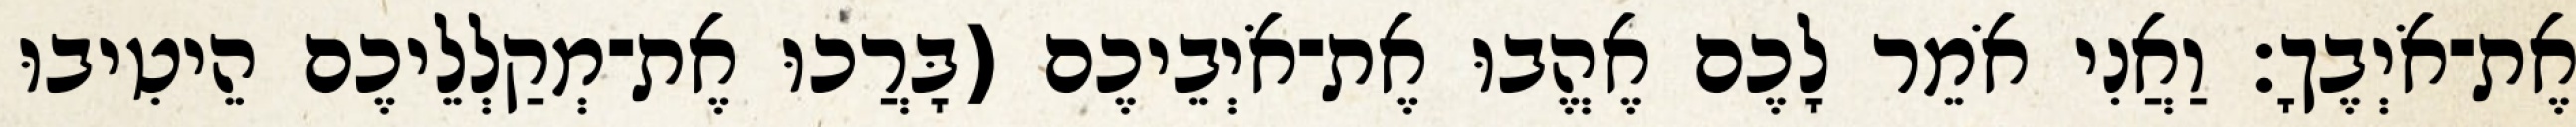
אֶת־אֹיְבֶךָ׃ וַאֲנִי אֹמֵר לָכֶם אֶהֱבוּ אֶת־אֹיְבֵיכֶם (בָּרֲכוּ אֶת־מְקַלְלֵיכֶם הֵיטִיבוּ